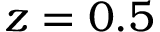
z = 0 . 5